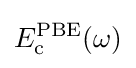
E_{\text{c}}^{\text{PBE}}(\omega )